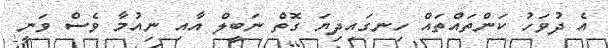
އެ ދުވަހު ކަންތައްތައް ހިނގައިދިޔަ ގޮތް ނަބީލް އާއި ނިއުމާ ވެސް ވަނީ